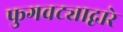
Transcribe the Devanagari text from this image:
फुगवट्याद्वारे